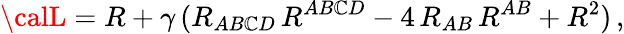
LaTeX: {\calL}=R+\gamma\, (R_{AB\mathbb{C}D}\, R^{AB\mathbb{C}D}-4\, R_{AB}\, R^{AB}+R^{2})\, ,